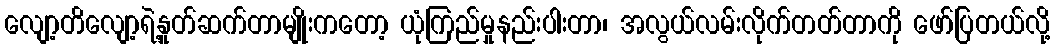
လျော့တိလျော့ရဲ့နှုတ်ဆက်တာမျိုးကတော့ ယုံကြည်မှုနည်းပါးတာ၊ အလွယ်လမ်းလိုက်တတ်တာကို ဖော်ပြတယ်လို့